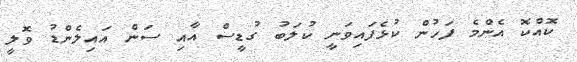
ކޮއްކޮ އެންމެ ފަހުން ކުޅެފައިވަނީ ކުލަބު ގުޑީސް އާއި ސަން އައިލެންޑު ވޮލީ